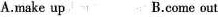
A.make up B.come out